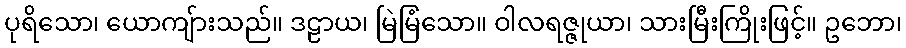
ပုရိသော၊ ယောကျ်ားသည်။ ဒဠာယ၊ မြဲမြံသော။ ဝါလရဇ္ဇုယာ၊ သားမြီးကြိုးဖြင့်။ ဥဘော၊